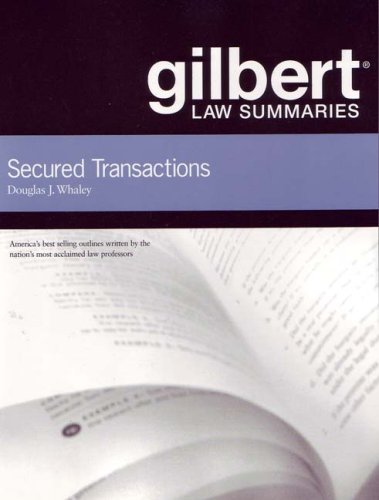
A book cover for Gilbert Law Summaries on Secured Transactions, 12th; Douglas J. Whaley; Law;